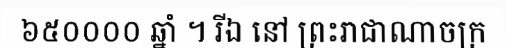
៦៥០០០០ ឆ្នាំ ។ រីឯ នៅ ព្រះរាជាណាចក្រ